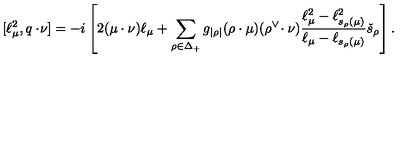
[ \ell _ { \mu } ^ { 2 } , q \cdot \! \nu ] = - i \left[ 2 ( \mu \cdot \nu ) \ell _ { \mu } + \sum _ { \rho \in \Delta _ { + } } g _ { | \rho | } ( \rho \cdot \mu ) ( \rho ^ { \vee } \! \cdot \nu ) \frac { \ell _ { \mu } ^ { 2 } - \ell _ { s _ { \rho } ( \mu ) } ^ { 2 } } { \ell _ { \mu } - \ell _ { s _ { \rho } ( \mu ) } } \check { s } _ { \rho } \right] .